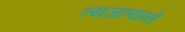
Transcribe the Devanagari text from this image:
त्यजत्यन्ते